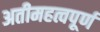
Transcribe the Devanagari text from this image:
अतीमहत्वपूर्ण